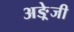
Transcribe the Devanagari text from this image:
अङ्रेजी